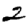
Digit: 2